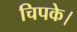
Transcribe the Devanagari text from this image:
चिपके।